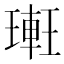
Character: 𨌥